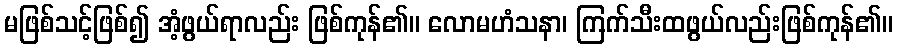
မဖြစ်သင့်ဖြစ်၍ အံ့ဖွယ်ရာလည်း ဖြစ်ကုန်၏။ လောမဟံသနာ၊ ကြက်သီးထဖွယ်လည်းဖြစ်ကုန်၏။